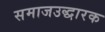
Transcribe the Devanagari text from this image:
समाजउद्धारक